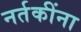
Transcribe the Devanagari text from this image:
नर्तकींना